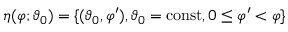
\eta ( \varphi ; \vartheta _ { 0 } ) = \{ ( \vartheta _ { 0 } , \varphi ^ { \prime } ) , \vartheta _ { 0 } = \mathrm { c o n s t } , 0 \leq \varphi ^ { \prime } < \varphi \}